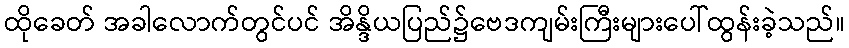
ထိုခေတ် အခါလောက်တွင်ပင် အိန္ဒိယပြည်၌ဗေဒကျမ်းကြီးများပေါ်ထွန်းခဲ့သည်။